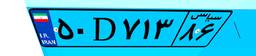
۵۰D۷۱۳۸۶